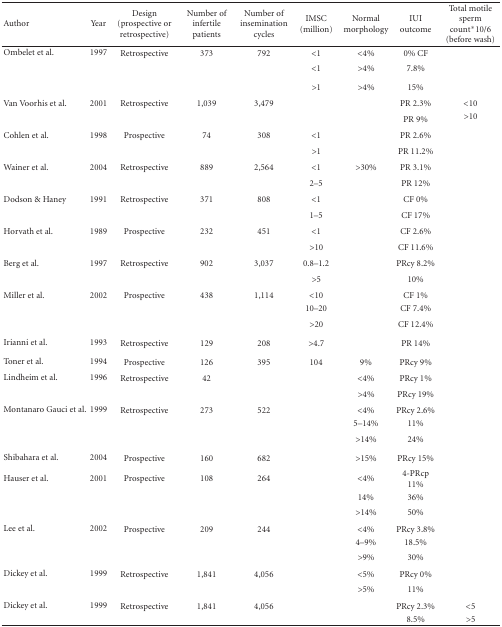
<table><thead><tr><td><b>Author </b></td><td><b>Year </b></td><td><b>Design (prospective or retrospective) </b></td><td><b>Number of infertile patients</b></td><td><b>Number of insemination cycles </b></td><td><b>IMSC (million) </b></td><td><b>Normal morphology </b></td><td><b>IUI outcome </b></td><td><b>Total motile sperm count*10/6 (before wash)</b></td></tr></thead><tbody><tr><td>Ombelet et al.</td><td> 1997</td><td> Retrospective </td><td>373 </td><td>792 </td><td>&lt;1 </td><td>&lt;4% </td><td>0% CF </td><td></td></tr><tr><td></td><td></td><td></td><td></td><td></td><td>&lt;1 </td><td>&gt;4% </td><td>7.8% </td><td></td></tr><tr><td></td><td></td><td></td><td></td><td></td><td>&gt;1 </td><td>&gt;4% </td><td>15% </td><td></td></tr><tr><td>Van Voorhis et al.</td><td> 2001</td><td> Retrospective </td><td>1,039 </td><td>3,479 </td><td></td><td></td><td>PR 2.3% </td><td>&lt;10</td></tr><tr><td></td><td></td><td></td><td></td><td></td><td></td><td></td><td>PR 9% </td><td>&gt;10</td></tr><tr><td>Cohlen et al.</td><td> 1998</td><td> Prospective </td><td>74 </td><td>308 </td><td>&lt;1 </td><td></td><td>PR 2.6% </td><td></td></tr><tr><td></td><td></td><td></td><td></td><td></td><td>&gt;1 </td><td></td><td>PR 11.2% </td><td></td></tr><tr><td>Wainer et al.</td><td> 2004</td><td> Retrospective </td><td>889 </td><td>2,564 </td><td>&lt;1 </td><td>&gt;30% </td><td>PR 3.1% </td><td></td></tr><tr><td></td><td></td><td></td><td></td><td></td><td>2–5 </td><td></td><td>PR 12% </td><td></td></tr><tr><td>Dodson &amp; Haney</td><td> 1991</td><td> Retrospective </td><td>371 </td><td>808 </td><td>&lt;1 </td><td></td><td>CF 0% </td><td></td></tr><tr><td></td><td></td><td></td><td></td><td></td><td>1–5 </td><td></td><td>CF 17% </td><td></td></tr><tr><td>Horvath et al.</td><td> 1989</td><td> Prospective </td><td>232 </td><td>451 </td><td>&lt;1 </td><td></td><td>CF 2.6% </td><td></td></tr><tr><td></td><td></td><td></td><td></td><td></td><td>&gt;10 </td><td></td><td>CF 11.6% </td><td></td></tr><tr><td>Berg et al.</td><td> 1997</td><td> Retrospective </td><td>902 </td><td>3,037 </td><td>0.8–1.2 </td><td></td><td>PRcy 8.2% </td><td></td></tr><tr><td></td><td></td><td></td><td></td><td></td><td>&gt;5 </td><td></td><td>10% </td><td></td></tr><tr><td>Miller et al.</td><td> 2002</td><td> Prospective </td><td>438 </td><td>1,114 </td><td>&lt;10 </td><td></td><td>CF 1% </td><td></td></tr><tr><td></td><td></td><td></td><td></td><td></td><td>10–20 </td><td></td><td>CF 7.4% </td><td></td></tr><tr><td></td><td></td><td></td><td></td><td></td><td>&gt;20 </td><td></td><td>CF 12.4% </td><td></td></tr><tr><td>Irianni et al.</td><td> 1993</td><td> Retrospective </td><td>129 </td><td>208 </td><td>&gt;4.7 </td><td></td><td>PR 14% </td><td></td></tr><tr><td>Toner et al.</td><td> 1994</td><td> Prospective </td><td>126 </td><td>395 </td><td>104 </td><td>9% </td><td>PRcy 9% </td><td></td></tr><tr><td>Lindheim et al.</td><td> 1996</td><td> Retrospective </td><td>42 </td><td></td><td></td><td>&lt;4% </td><td>PRcy 1% </td><td></td></tr><tr><td></td><td></td><td></td><td></td><td></td><td></td><td>&gt;4% </td><td>PRcy 19% </td><td></td></tr><tr><td>Montanaro Gauci et al. </td><td> 1999</td><td> Retrospective </td><td>273 </td><td>522 </td><td></td><td>&lt;4% </td><td>PRcy 2.6% </td><td></td></tr><tr><td></td><td></td><td></td><td></td><td></td><td></td><td>5–14% </td><td>11% </td><td></td></tr><tr><td></td><td></td><td></td><td></td><td></td><td></td><td>&gt;14% </td><td>24% </td><td></td></tr><tr><td>Shibahara et al.</td><td> 2004</td><td> Prospective </td><td>160 </td><td>682 </td><td></td><td>&gt;15% </td><td>PRcy 15% </td><td></td></tr><tr><td>Hauser et al.</td><td> 2001</td><td> Prospective </td><td>108 </td><td>264 </td><td></td><td>&lt;4%</td><td>4-PRcp 11% </td><td></td></tr><tr><td></td><td></td><td></td><td></td><td></td><td></td><td>14% </td><td>36% </td><td></td></tr><tr><td></td><td></td><td></td><td></td><td></td><td></td><td>&gt;14% </td><td>50% </td><td></td></tr><tr><td>Lee et al.</td><td> 2002</td><td> Prospective </td><td>209 </td><td>244 </td><td></td><td>&lt;4% </td><td>PRcy 3.8% </td><td></td></tr><tr><td></td><td></td><td></td><td></td><td></td><td></td><td>4–9% </td><td>18.5% </td><td></td></tr><tr><td></td><td></td><td></td><td></td><td></td><td></td><td>&gt;9% </td><td>30% </td><td></td></tr><tr><td>Dickey et al.</td><td>1999</td><td>Retrospective</td><td>1,841</td><td>4,056</td><td></td><td>&lt;5% </td><td>PRcy 0%</td><td></td></tr><tr><td></td><td></td><td></td><td></td><td></td><td></td><td>&gt;5% </td><td>11% </td><td></td></tr><tr><td>Dickey et al.</td><td>1999</td><td>Retrospective</td><td>1,841</td><td>4,056</td><td></td><td></td><td>PRcy 2.3%</td><td>&lt;5</td></tr><tr><td></td><td></td><td></td><td></td><td></td><td></td><td></td><td>8.5% </td><td>&gt;5</td></tr></tbody></table>